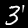
Label: 3